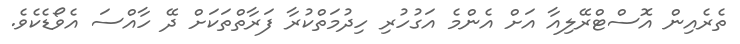
ތެރެއިން އޮސްޓްރޭލިއާ އަށް އެންމެ އަގުހުރި ހިދުމަތްކުރާ ފަރާތްތަކަށް ދޭ ހާއްސަ އެވޯޑެކެވެ.